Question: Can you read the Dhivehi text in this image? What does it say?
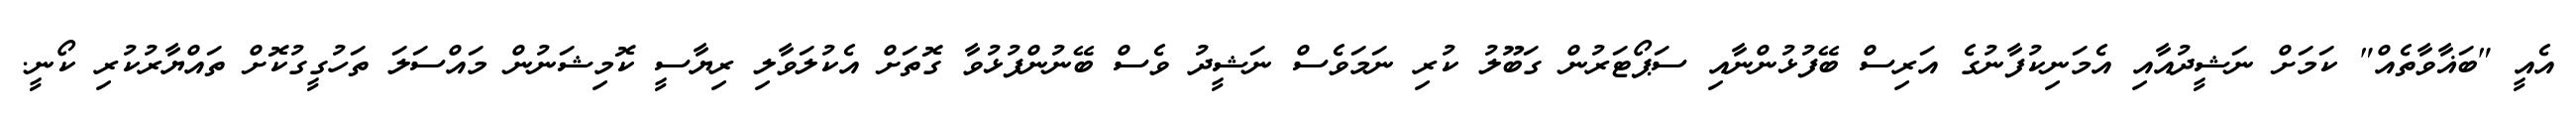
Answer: އެއީ "ބަޣާވާތެއް" ކަމަށް ނަޝީދުއާއި އެމަނިކުފާނުގެ އަރިސް ބޭފުޅުންނާއި ސަޕޯޓަރުން ގަބޫލު ކުރި ނަމަވެސް ނަޝީދު ވެސް ބޭނުންފުޅުވާ ގޮތަށް އެކުލަވާލި ރިޔާސީ ކޮމިޝަނުން މައްސަލަ ތަހުގީގުކޮށް ތައްޔާރުކުރި ކޯނީ.